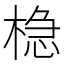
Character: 𬃡